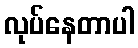
လုပ်နေတာပါ